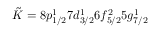
\tilde { K } = 8 p _ { 1 / 2 } ^ { 1 } 7 d _ { 3 / 2 } ^ { 1 } 6 f _ { 5 / 2 } ^ { 2 } 5 g _ { 7 / 2 } ^ { 1 }